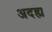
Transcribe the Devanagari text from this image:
अदह्य